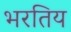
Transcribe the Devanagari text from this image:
भरतिय